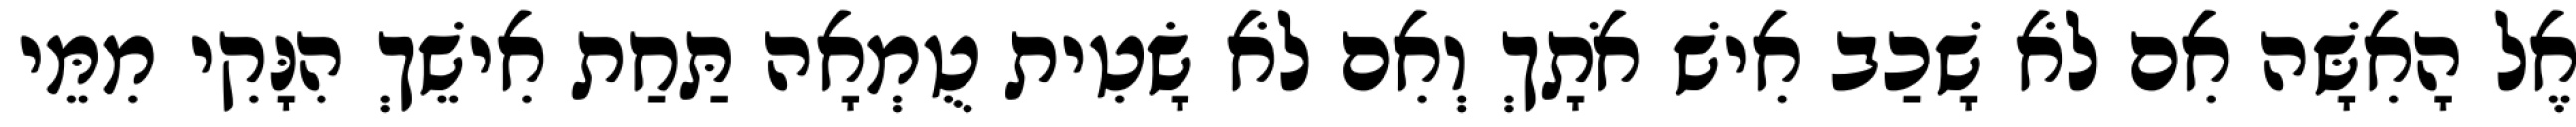
אֶל הָאִשָּׁה אִם לֹא שָׁכַב אִישׁ אֹתָךְ וְאִם לֹא שָׂטִית טֻמְאָה תַּחַת אִישֵׁךְ הִנָּקִי מִמֵּי